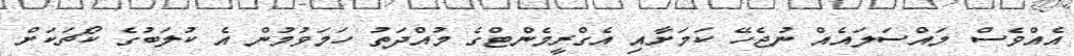
އެއްވެސް މައްސަލައެއް ނުޖެހޭ ކަމަށާއި އެގްރީމެންޓްގެ މުއްދަތު ހަމަވުމުން އެ ކުލަބުގެ ކޯޗަކަށް